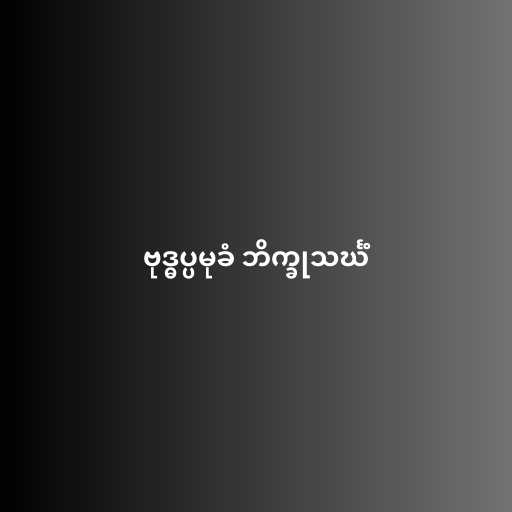
ဗုဒ္ဓပ္ပမုခံ ဘိက္ခုသင်္ဃံ